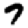
Digit: 7